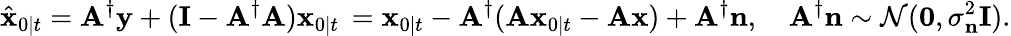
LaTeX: \hat{\mathbf{x}}_{0\mid t}=\mathbf{A}^{\dagger}\mathbf{y}+(\mathbf{I}-\mathbf{A}^{\dagger}\mathbf{A})\mathbf{x}_{0\mid t}\, =\mathbf{x}_{0\mid t}-\mathbf{A}^{\dagger}(\mathbf{A}\mathbf{x}_{0\mid t}-\mathbf{A}\mathbf{x})+\mathbf{A}^{\dagger}\mathbf{n},\quad\mathbf{A}^{\dagger}\mathbf{n}\sim\mathcal{N}(\mathbf{0},\sigma_{\mathbf{n}}^{2}\mathbf{I}).